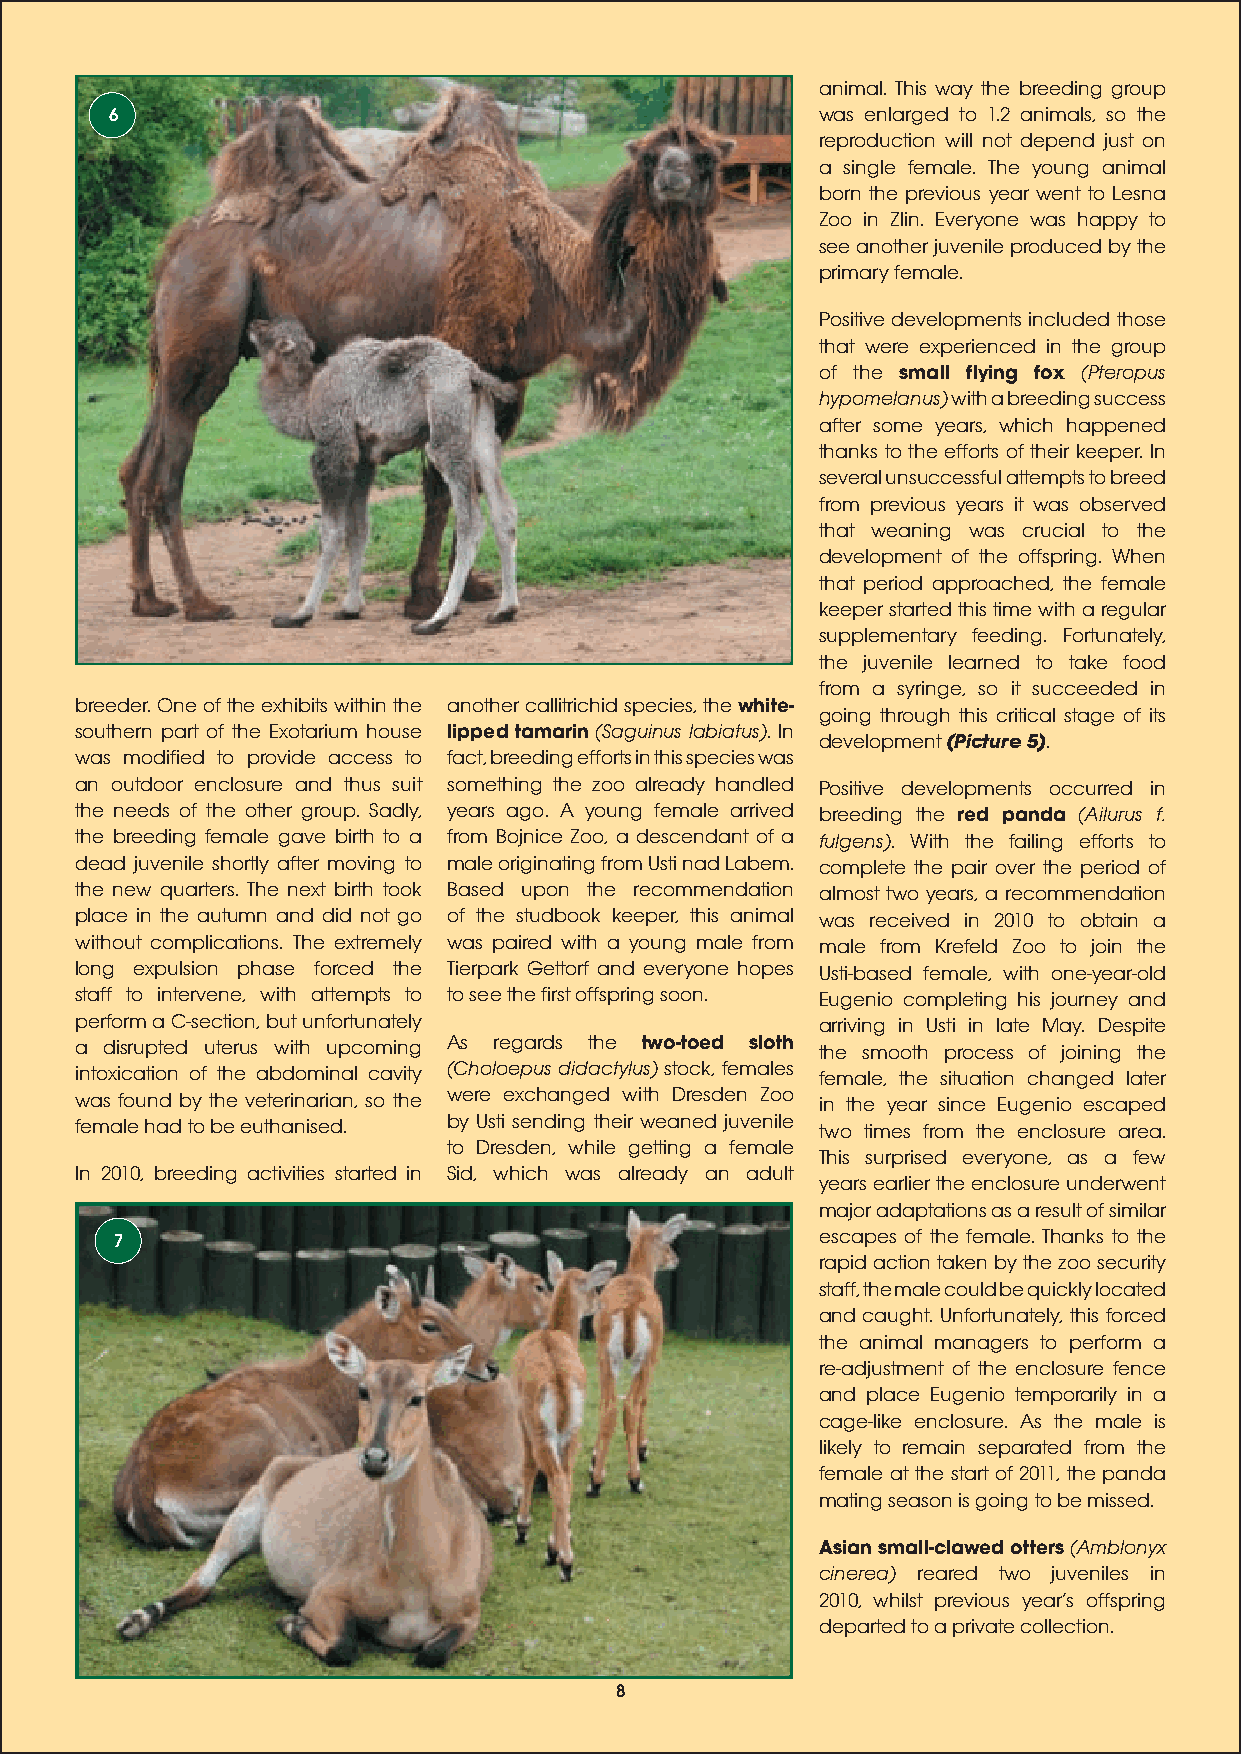
animal. This way the breeding group
 6                                              was enlarged to 1.2 animals, so the
 reproduction will not depend just on
 a single female. The young animal
 born the previous year went to Lesna
 Zoo in Zlin. Everyone was happy to
 see another juvenile produced by the
 primary female.
 Positive developments included those
 that were experienced in the group
 of the small flying fox (Pteropus
 hypomelanus) with a breeding success
 after some years, which happened
 thanks to the efforts of their keeper. In
 several unsuccessful attempts to breed
 from previous years it was observed
 that weaning was crucial to the
 development of the offspring. When
 that period approached, the female
 keeper started this time with a regular
 supplementary feeding. Fortunately,
 the juvenile learned to take food
 from a syringe, so it succeeded in
 breeder. One of the exhibits within the another callitrichid species, the white-
 going through this critical stage of its
 southern part of the Exotarium house lipped tamarin (Saguinus labiatus). In
 development (Picture 5).
 was modified to provide access to fact, breeding efforts in this species was
 an outdoor enclosure and thus suit something the zoo already handled Positive developments occurred in
 the needs of the other group. Sadly, years ago. A young female arrived breeding the red panda (Ailurus f.
 the breeding female gave birth to a from Bojnice Zoo, a descendant of a fulgens). With the failing efforts to
 dead juvenile shortly after moving to male originating from Usti nad Labem. complete the pair over the period of
 the new quarters. The next birth took Based upon the recommendation almost two years, a recommendation
 place in the autumn and did not go of the studbook keeper, this animal was received in 2010 to obtain a
 without complications. The extremely was paired with a young male from male from Krefeld Zoo to join the
 long expulsion phase forced the Tierpark Gettorf and everyone hopes Usti-based female, with one-year-old
 staff to intervene, with attempts to to see the first offspring soon. Eugenio completing his journey and
 perform a C-section, but unfortunately           arriving in Usti in late May. Despite
 a disrupted uterus with upcoming As regards the two-toed sloth the smooth process of joining the
 intoxication of the abdominal cavity (Choloepus didactylus) stock, females female, the situation changed later
 was found by the veterinarian, so the were exchanged with Dresden Zoo in the year since Eugenio escaped
 female had to be euthanised. by Usti sending their weaned juvenile two times from the enclosure area.
 to Dresden, while getting a female
 This surprised everyone, as a few
 In 2010, breeding activities started in Sid, which was already an adult
 years earlier the enclosure underwent
 major adaptations as a result of similar
 7                                             escapes of the female. Thanks to the
 rapid action taken by the zoo security
 staff, the male could be quickly located
 and caught. Unfortunately, this forced
 the animal managers to perform a
 re-adjustment of the enclosure fence
 and place Eugenio temporarily in a
 cage-like enclosure. As the male is
 likely to remain separated from the
 female at the start of 2011, the panda
 mating season is going to be missed.
 Asian small-clawed otters (Amblonyx
 cinerea) reared two juveniles in
 2010, whilst previous years offspring
 departed to a private collection.
 8